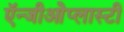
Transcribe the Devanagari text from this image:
ऍन्जीओेप्लास्टी